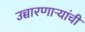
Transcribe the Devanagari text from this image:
उच्चारणाऱ्यांची